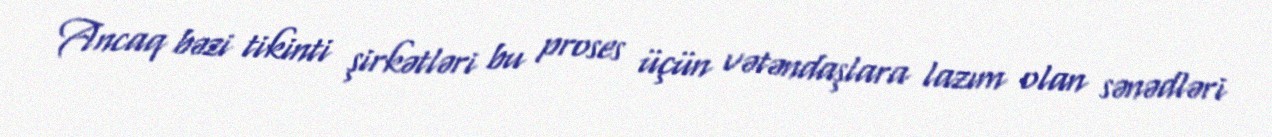
Ancaq bəzi tikinti şirkətləri bu proses üçün vətəndaşlara lazım olan sənədləri